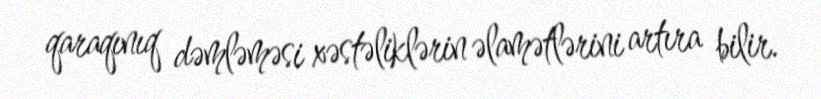
qaraqınıq dəmləməsi xəstəliklərin əlamətlərini artıra bilir.